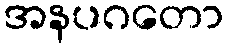
အနပဂတော